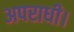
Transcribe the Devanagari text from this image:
अपराधी।